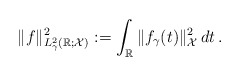
\begin{align*}\Vert f\Vert_{L^2_\gamma(\mathbb R; \mathcal X)}^2:=\int_\mathbb R \Vert f_\gamma(t)\Vert_{\mathcal X}^2\,dt\,.\end{align*}